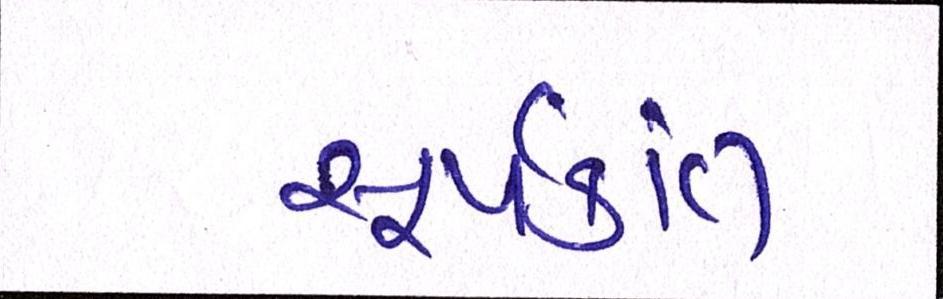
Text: સૂર્યકાંત